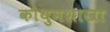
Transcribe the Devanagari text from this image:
कौथुमशाखा